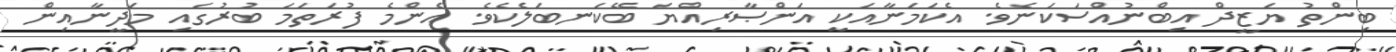
ބިންތު ޔަޒީދް އިބްނުއްސަކަނެވެ. އެކަމަނާއަކީ އަންޞާރިއްޔަ ބޭކަނބަލެކެވެ. އެންމެ ފުރަތަމަ ބުރުގައި މަދީނާއިން